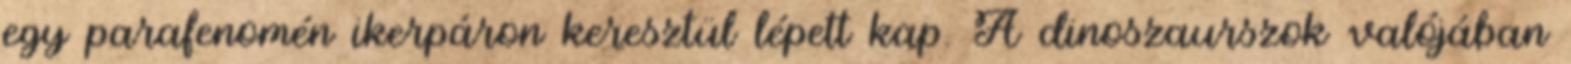
egy parafenomén ikerpáron keresztül lépett kap. A dinoszaurszok valójában